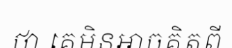
ថា គេមិនអាចគិតពី